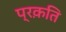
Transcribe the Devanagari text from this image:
प्रक़ति